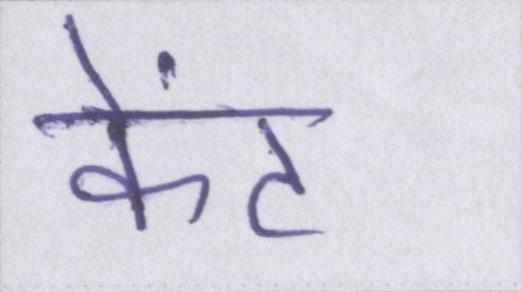
केंट